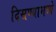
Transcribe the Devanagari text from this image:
दिसण्यामध्ये